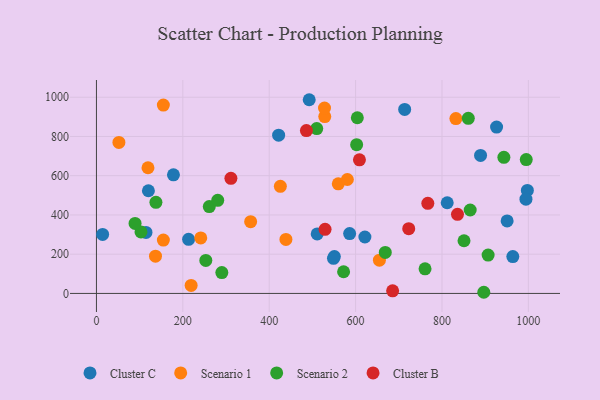
{"axis": {"x": "Speed", "y": "Yield"}, "legend": ["Cluster B", "Cluster C", "Scenario 1", "Scenario 2"], "data": [{"x": "964.0", "y": 188.0, "type": "Cluster C"}, {"x": "213.3", "y": 275.5, "type": "Cluster C"}, {"x": "492.6", "y": 987.2, "type": "Cluster C"}, {"x": "889.3", "y": 703.1, "type": "Cluster C"}, {"x": "178.3", "y": 604.5, "type": "Cluster C"}, {"x": "550.8", "y": 187.8, "type": "Cluster C"}, {"x": "713.6", "y": 937.9, "type": "Cluster C"}, {"x": "120.3", "y": 523.4, "type": "Cluster C"}, {"x": "421.8", "y": 806.3, "type": "Cluster C"}, {"x": "548.8", "y": 178.9, "type": "Cluster C"}, {"x": "950.8", "y": 369.7, "type": "Cluster C"}, {"x": "511.1", "y": 303.2, "type": "Cluster C"}, {"x": "812.1", "y": 462.2, "type": "Cluster C"}, {"x": "926.4", "y": 847.9, "type": "Cluster C"}, {"x": "14.3", "y": 300.5, "type": "Cluster C"}, {"x": "997.7", "y": 524.9, "type": "Cluster C"}, {"x": "621.5", "y": 287.5, "type": "Cluster C"}, {"x": "586.2", "y": 304.9, "type": "Cluster C"}, {"x": "994.4", "y": 480.4, "type": "Cluster C"}, {"x": "114.7", "y": 310.8, "type": "Cluster C"}, {"x": "241.5", "y": 283.1, "type": "Scenario 1"}, {"x": "425.8", "y": 545.9, "type": "Scenario 1"}, {"x": "154.9", "y": 959.8, "type": "Scenario 1"}, {"x": "559.9", "y": 558.6, "type": "Scenario 1"}, {"x": "357.0", "y": 365.7, "type": "Scenario 1"}, {"x": "528.6", "y": 901.2, "type": "Scenario 1"}, {"x": "154.9", "y": 271.8, "type": "Scenario 1"}, {"x": "136.7", "y": 189.9, "type": "Scenario 1"}, {"x": "655.1", "y": 169.7, "type": "Scenario 1"}, {"x": "119.3", "y": 640.4, "type": "Scenario 1"}, {"x": "219.2", "y": 40.8, "type": "Scenario 1"}, {"x": "580.9", "y": 580.7, "type": "Scenario 1"}, {"x": "438.7", "y": 275.3, "type": "Scenario 1"}, {"x": "52.0", "y": 769.4, "type": "Scenario 1"}, {"x": "832.2", "y": 891.3, "type": "Scenario 1"}, {"x": "528.0", "y": 944.8, "type": "Scenario 1"}, {"x": "510.0", "y": 840.0, "type": "Scenario 2"}, {"x": "860.9", "y": 892.5, "type": "Scenario 2"}, {"x": "668.7", "y": 209.2, "type": "Scenario 2"}, {"x": "943.3", "y": 693.8, "type": "Scenario 2"}, {"x": "572.2", "y": 110.6, "type": "Scenario 2"}, {"x": "995.1", "y": 682.0, "type": "Scenario 2"}, {"x": "760.8", "y": 125.3, "type": "Scenario 2"}, {"x": "253.2", "y": 168.0, "type": "Scenario 2"}, {"x": "103.1", "y": 313.3, "type": "Scenario 2"}, {"x": "89.4", "y": 356.6, "type": "Scenario 2"}, {"x": "851.0", "y": 268.5, "type": "Scenario 2"}, {"x": "137.7", "y": 464.4, "type": "Scenario 2"}, {"x": "896.8", "y": 5.9, "type": "Scenario 2"}, {"x": "604.0", "y": 895.4, "type": "Scenario 2"}, {"x": "290.3", "y": 106.3, "type": "Scenario 2"}, {"x": "865.3", "y": 425.1, "type": "Scenario 2"}, {"x": "602.4", "y": 758.3, "type": "Scenario 2"}, {"x": "261.2", "y": 442.9, "type": "Scenario 2"}, {"x": "280.8", "y": 474.7, "type": "Scenario 2"}, {"x": "906.8", "y": 195.7, "type": "Scenario 2"}, {"x": "486.1", "y": 829.9, "type": "Cluster B"}, {"x": "767.2", "y": 459.3, "type": "Cluster B"}, {"x": "529.3", "y": 326.8, "type": "Cluster B"}, {"x": "311.3", "y": 586.8, "type": "Cluster B"}, {"x": "685.7", "y": 13.4, "type": "Cluster B"}, {"x": "608.9", "y": 680.7, "type": "Cluster B"}, {"x": "723.0", "y": 329.9, "type": "Cluster B"}, {"x": "835.9", "y": 403.4, "type": "Cluster B"}]}